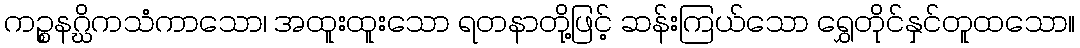
ကဉ္စနဂ္ဃိကသံကာသော၊ အထူးထူးသော ရတနာတို့ဖြင့် ဆန်းကြယ်သော ရွှေတိုင်နှင်တူထသော။